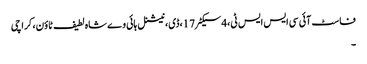
فاسٹ آئی سی ایس ایس ٹی،4سیکٹر17،ڈی، نیشنل ہائی وے شاہ لطیف ٹاؤن، کراچی
۔